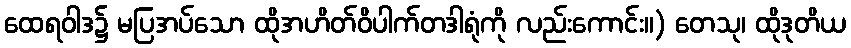
ထေရဝါဒ၌ မပြအပ်သော ထိုအဟိတ်ဝိပါက်တဒါရုံကို လည်းကောင်း။) တေသု၊ ထိုဒုတိယ